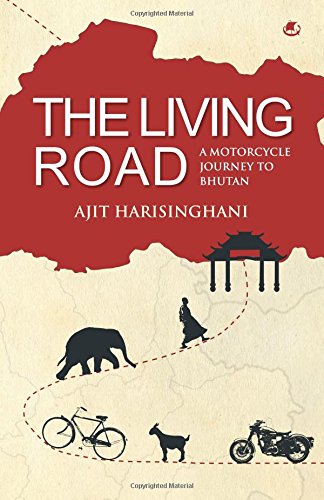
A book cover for The Living Road: A Motorcycle Journey to Bhutan; Ajit Harisinghani; Travel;